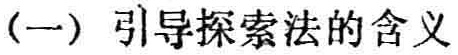
(一) 引导探索法的含义